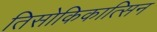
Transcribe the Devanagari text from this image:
तिसोकिकात्सिन